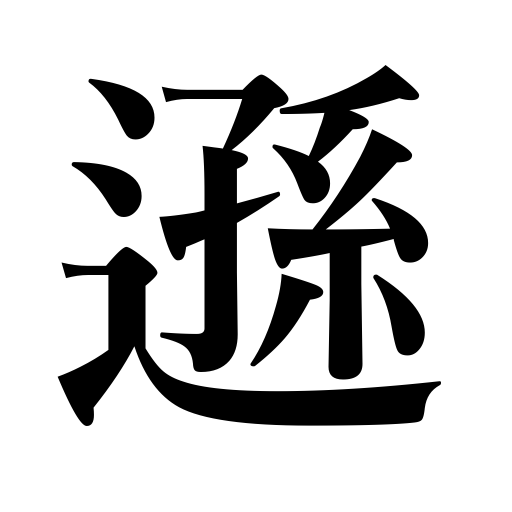
Meanings: condescend,humble oneself,be modest